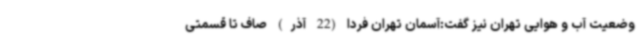
وضعیت آب و هوایی تهران نیز گفت:آسمان تهران فردا (22 آذر) صاف تا قسمتی